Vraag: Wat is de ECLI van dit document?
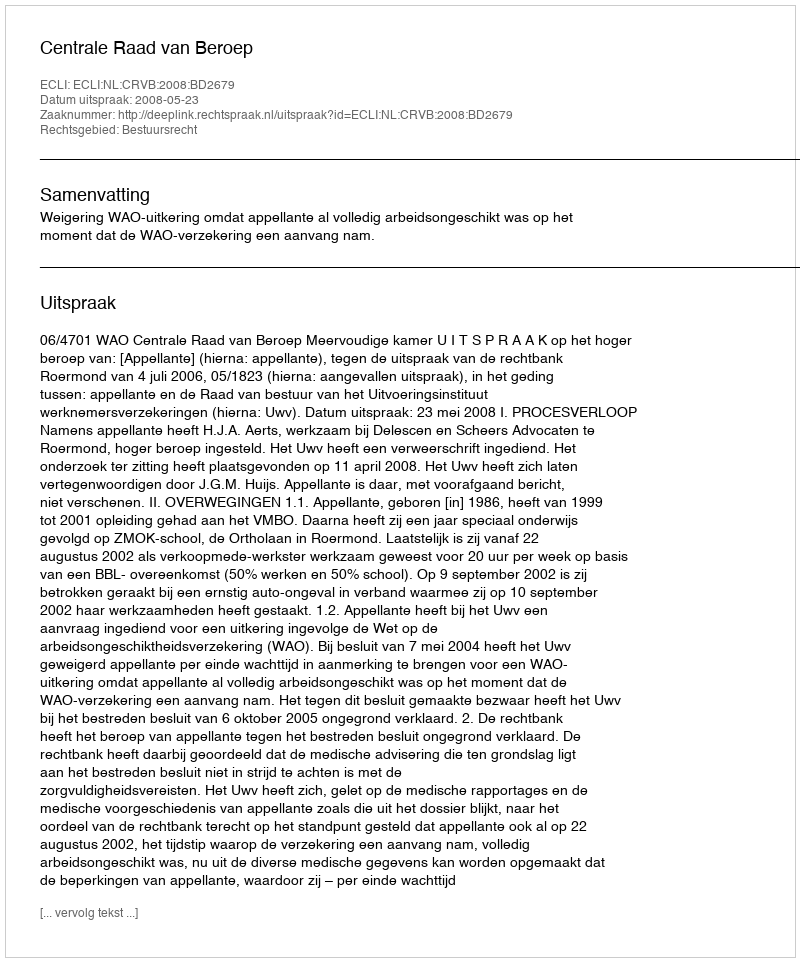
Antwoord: ECLI:NL:CRVB:2008:BD2679